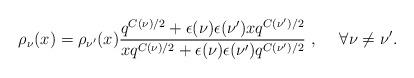
LaTeX: \begin{align*}\rho_\nu(x)=\rho_{\nu'}(x)\frac{q^{C(\nu)/2} + \epsilon(\nu)\epsilon(\nu') xq^{C(\nu')/2} }{xq^{C(\nu)/2} +\epsilon(\nu)\epsilon(\nu') q^{C(\nu')/2} }\;,~~~~ \forall \nu\neq\nu'.\end{align*}